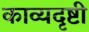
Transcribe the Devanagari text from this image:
काव्यदृष्टी